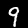
Label: 9